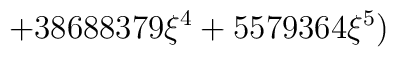
\displaystyle\hspace{3cm}+38688379\xi^4+5579364\xi^5)